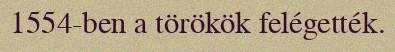
1554-ben a törökök felégették.